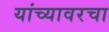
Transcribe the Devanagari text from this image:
यांच्यावरचा